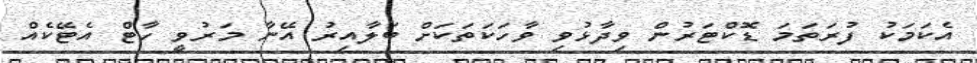
އެކަމަކު ފުރަތަމަ ޑޮކްޓަރުން ވިދާޅުވި ވާހަކަތަކަށް ބަލާއިރު އޭނާ މަރުވީ ހާޓް އެޓޭކެއް